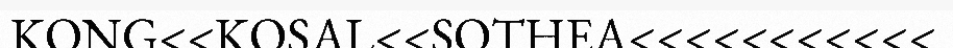
KONG<<KOSAL<<SOTHEA<<<<<<<<<<<